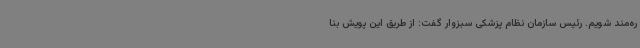
ره‌مند شویم. رئیس سازمان نظام پزشکی سبزوار گفت: از طریق این پویش بنا